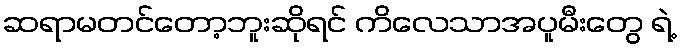
ဆရာမတင်တော့ဘူးဆိုရင် ကိလေသာအပူမီးတွေ ရဲ့